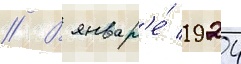
// В январ'е́ 1924